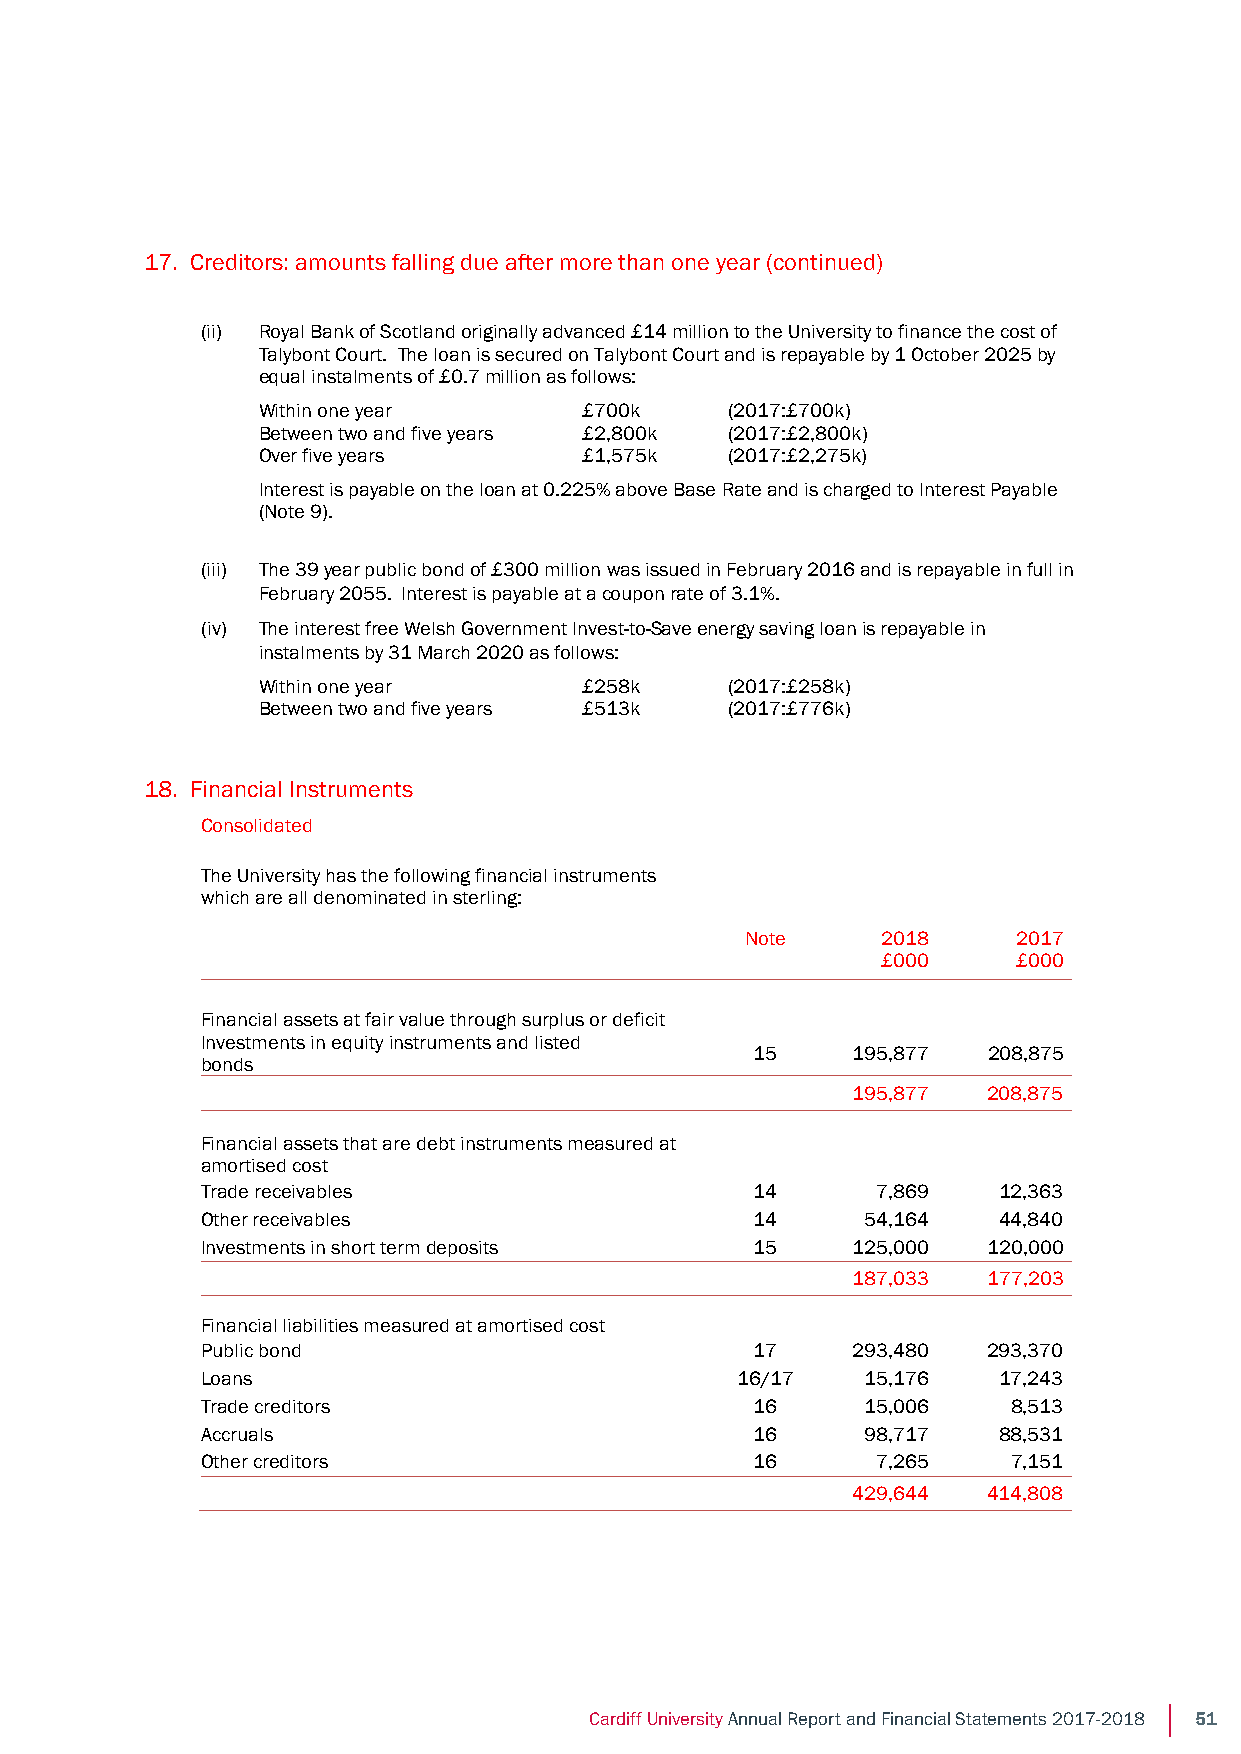
Notes to the Financial Statements
 Year ended 31 July 2018
 17. Creditors: amounts falling due after more than one year (continued)
 (ii) Royal Bank of Scotland originally advanced £14 million to the University to finance the cost of
 Talybont Court. The loan is secured on Talybont Court and is repayable by 1 October 2025 by
 equal instalments of £0.7 million as follows:
 Within one year       £700k    (2017:£700k)
 Between two and five years £2,800k (2017:£2,800k)
 Over five years       £1,575k  (2017:£2,275k)
 Interest is payable on the loan at 0.225% above Base Rate and is charged to Interest Payable
 (Note 9).
 (iii) The 39 year public bond of £300 million was issued in February 2016 and is repayable in full in
 February 2055. Interest is payable at a coupon rate of 3.1%.
 (iv) The interest free Welsh Government Invest-to-Save energy saving loan is repayable in
 instalments by 31 March 2020 as follows:
 Within one year       £258k    (2017:£258k)
 Between two and five years £513k (2017:£776k)
 18. Financial Instruments
 Consolidated
 The University has the following financial instruments
 which are all denominated in sterling:
 Note     2018     2017
 £000     £000
 Financial assets at fair value through surplus or deficit
 Investments in equity instruments and listed
 15    195,877  208,875
 bonds
 195,877  208,875
 Financial assets that are debt instruments measured at
 amortised cost
 Trade receivables                    14      7,869   12,363
 Other receivables                    14     54,164   44,840
 Investments in short term deposits   15    125,000  120,000
 187,033  177,203
 Financial liabilities measured at amortised cost
 Public bond                          17    293,480  293,370
 Loans                               16/17   15,176   17,243
 Trade creditors                      16     15,006    8,513
 Accruals                             16     98,717   88,531
 Other creditors                      16      7,265    7,151
 429,644  414,808
 46
 Cardiff University Annual Report and Financial Statements 2017-2018 51